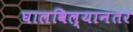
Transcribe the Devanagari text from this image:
घालविल्यानंतर